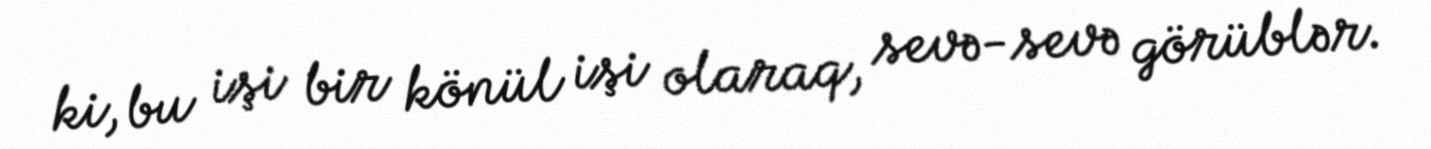
ki, bu işi bir könül işi olaraq, sevə-sevə görüblər.